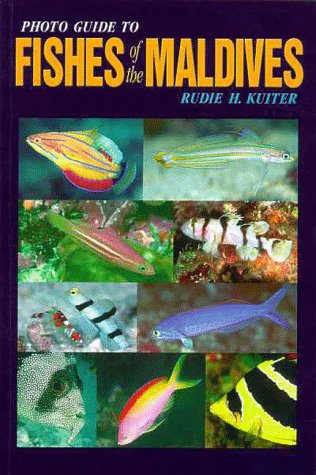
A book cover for Photo Guide to Fishes of the Maldives; Rudie H. Kuiter; Travel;